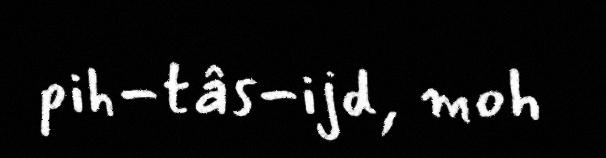
pih-tâs-ijd, moh